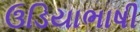
ઉડિયાભાષી